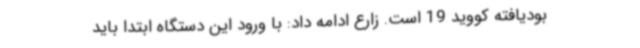
بودیافته کووید 19 است. زارع ادامه داد: با ورود این دستگاه ابتدا باید